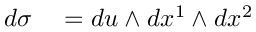
\begin{array} { r l } { d \sigma } & { { } = d u \wedge d x ^ { 1 } \wedge d x ^ { 2 } } \end{array}